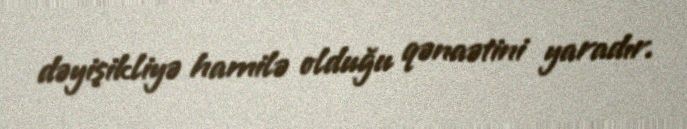
dəyişikliyə hamilə olduğu qənaətini yaradır.